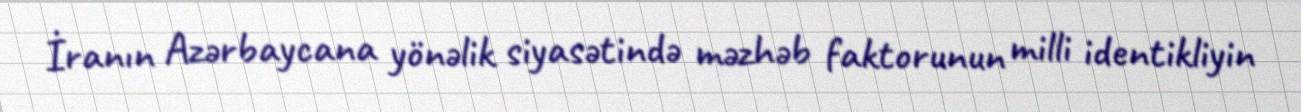
İranın Azərbaycana yönəlik siyasətində məzhəb faktorunun milli identikliyin